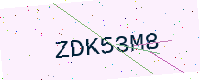
Text: ZDK53M8